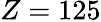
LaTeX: Z=125